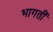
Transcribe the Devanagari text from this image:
भागतीं